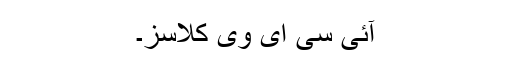
آئی سی ای وی کلاسز۔